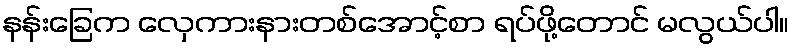
နန်းခြေက လှေကားနားတစ်အောင့်စာ ရပ်ဖို့တောင် မလွယ်ပါ။